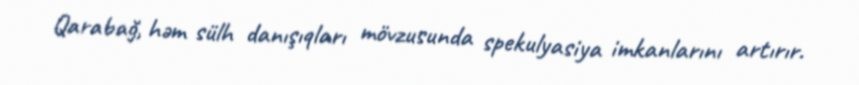
Qarabağ, həm sülh danışıqları mövzusunda spekulyasiya imkanlarını artırır.